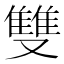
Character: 雙